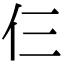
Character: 仨